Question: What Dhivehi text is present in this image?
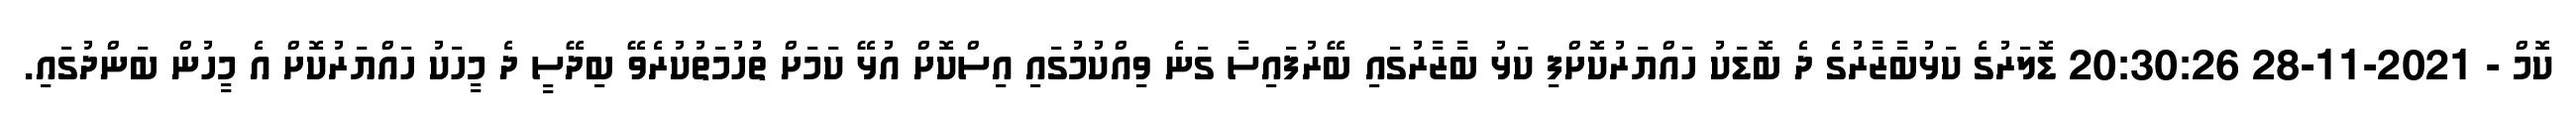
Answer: ކޮމް - 2021-11-28 20:30:26 ޑޮލަރުގެ ކަޅުބާޒާރުގެ ދެ ބޮޑަކު ހައްޔަރުކޮށްފި ކަޅު ބާޒާރުގައި ބޭރުފައިސާ ގަނެ ވިއްކުމުގައި އިސްކޮށް އުޅޭ ކަމަށް ތުުހުމަތުކުރެވޭ ބިދޭސީ ދެ މީހަކު ހައްޔަރުކޮށް އެ މީހުން ބަންދުގައި.